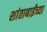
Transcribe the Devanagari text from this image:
शांताबाईंच्या